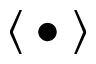
\big \langle \bullet \big \rangle